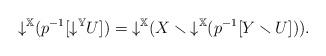
LaTeX: \begin{align*}{\downarrow}^{\mathbb{X}}(p^{-1}[{\downarrow}^{\mathbb{Y}}U]) = {\downarrow}^{\mathbb{X}}(X \smallsetminus {\downarrow}^{\mathbb{X}}(p^{-1}[Y \smallsetminus U])).\end{align*}